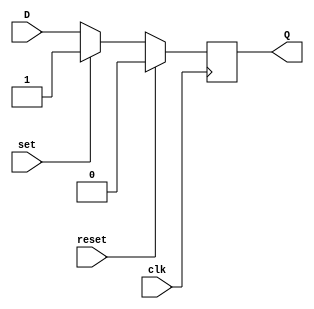
module d_ff_reset_set (
    input wire clk, // clock signal
    input wire reset, // synchronous reset signal
    input wire set, // synchronous set signal
    input wire D, // input data to store
    output reg Q // output data stored
);

always @(posedge clk) begin
    if (reset) begin
        Q <= 1'b0; // clear output to predefined state
    end
    else if (set) begin
        Q <= 1'b1; // set output to predefined value
    end
    else begin
        Q <= D; // store input data on rising edge of clock
    end
end

endmodule